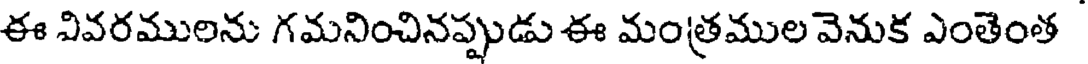
ఈ వివరములను గమనించినప్పుడు ఈ మంత్రముల వెనుక ఎంతెంత